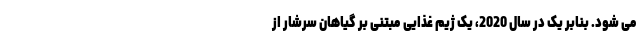
می شود. بنابر یک در سال 2020، یک ژیم غذایی مبتنی بر گیاهان سرشار از